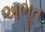
અભૂત